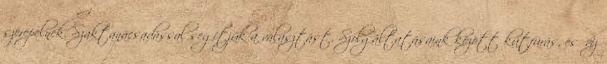
szerepelnek. Szaktanácsadással segítjük a választást. Szolgáltatásaink között kútfúrás, esővíz